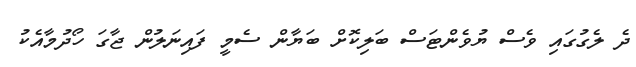
ދެ ލެގުގައި ވެސް ޔުވެންޓަސް ބަލިކޮށް ބަޔާން ސެމީ ފައިނަލުން ޖާގަ ހޯދުމާއެކު